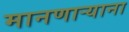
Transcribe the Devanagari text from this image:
मानणार्‍याना